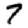
Digit: 7